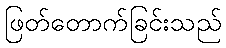
ဖြတ်တောက်ခြင်းသည်